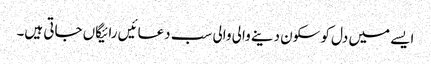
ایسے میں دل کو سکون دینے والی والی سب دعائیں رائیگاں جاتی ہیں۔